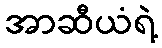
အာဆီယံရဲ့